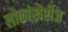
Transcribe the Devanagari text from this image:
लोकांखेरीज